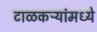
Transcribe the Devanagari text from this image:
टाळकऱ्यांमध्ये